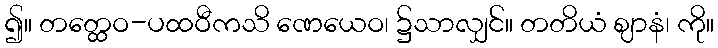
၍။ တတ္ထေဝ-ပထဝီကသိ ဏေယေဝ၊ ၌သာလျှင်။ တတိယံ ဈာနံ၊ ကို။